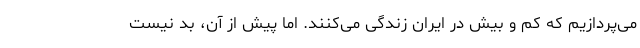
می‌پردازیم که کم و بیش در ایران زندگی می‌کنند. اما پیش از آن، بد نیست